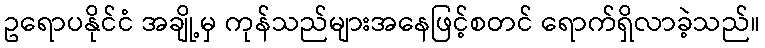
ဥရောပနိုင်ငံ အချို့မှ ကုန်သည်များအနေဖြင့်စတင် ရောက်ရှိလာခဲ့သည်။